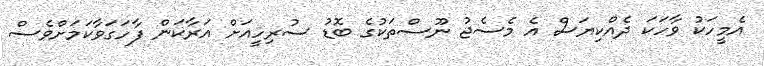
އެމީހަކު ވާހަކަ ދެއްކިޔަސް އެ މެސެޖު ނޫސްތަކުގެ ބޮޑު ސުރިހީއަށް އަރާކަން ފާހަގަވާކަމަށްވެސް